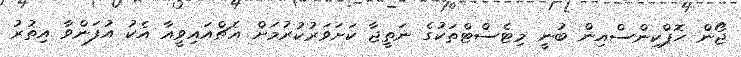
ޖޯން ހޮޕްކިންސްއިން ބުނީ މިޓެސްޓްތަކުގެ ނަތީޖާ ކަށަވަރުކުރުމަށް އެޗްއައިވީއާ އެކު އުފަންވާ އިތުރު